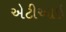
એટીઆઇ